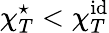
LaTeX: \chi_{T}^{\star}<\chi_{T}^{\mathrm{id}}